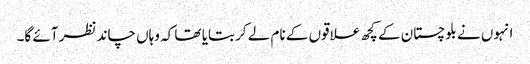
انہوں نے بلوچستان کے کچھ علاقوں کے نام لے کر بتایا تھا کہ وہاں چاند نظر آئے گا۔